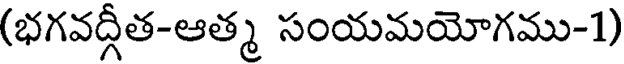
(భగవద్గీత-ఆత్మ సంయమయోగము-1)